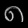
Digit: ၈